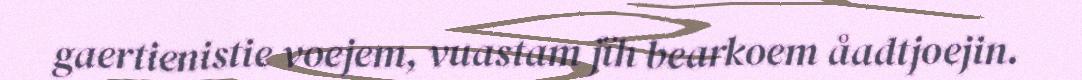
gaertienistie voejem, vuastam jïh bearkoem åadtjoejin.